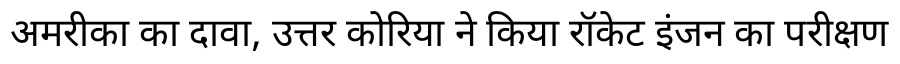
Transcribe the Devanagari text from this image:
अमरीका का दावा, उत्तर कोरिया ने किया रॉकेट इंजन का परीक्षण